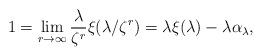
LaTeX: \begin{align*}1=\lim\limits _{r\to\infty}\frac{\lambda}{\zeta^{r}}\xi(\lambda/\zeta^{r})=\lambda\xi(\lambda)-\lambda\alpha_{\lambda},\end{align*}